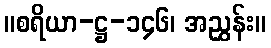
။စရိယာ-ဋ္ဌ-၁၄၆၊ အညွှန်း။